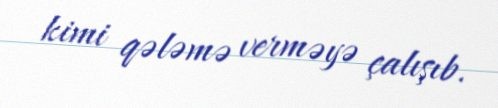
kimi qələmə verməyə çalışıb.